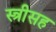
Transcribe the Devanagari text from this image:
स्त्रीसह